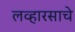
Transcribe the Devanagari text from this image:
लव्हारसाचे